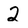
Character: 2